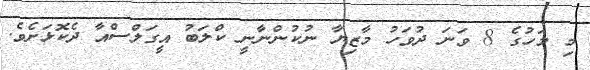
މި މަހުގެ 8 ވަނަ ދުވަހު މާޒިޔާ ނުކުންނާނީ ކްލަބު އީގަލްސްއާ ދެކޮޅަށެވެ.